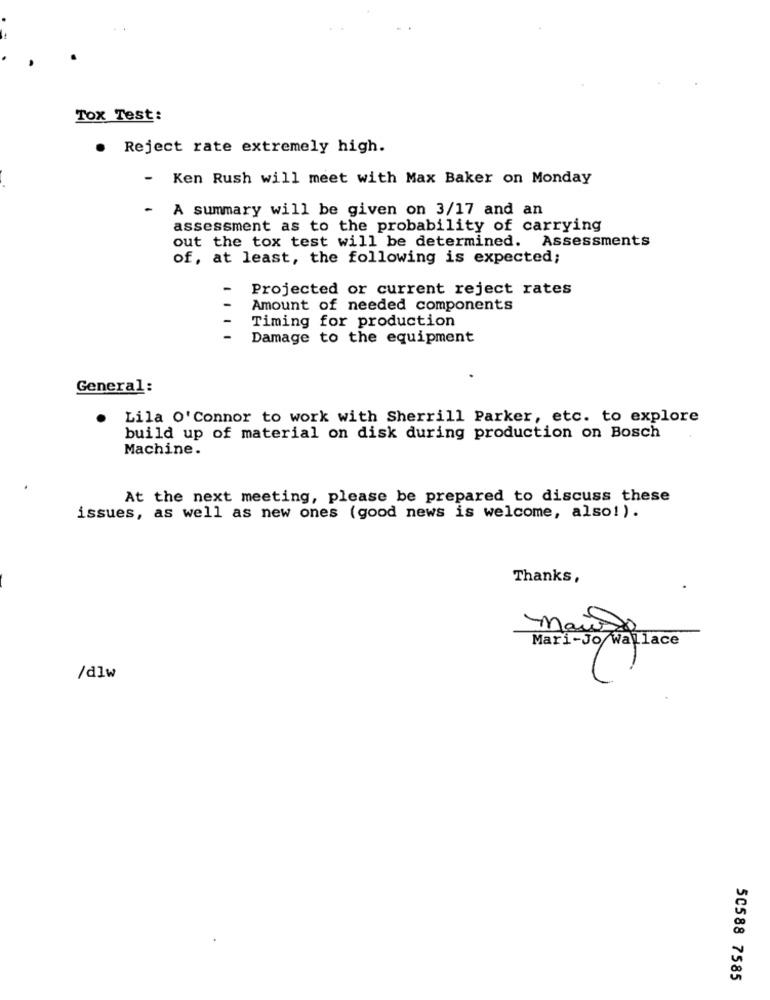
Tox Test:
. Reject rate extremely high.
-
Ken Rush will meet with Max Baker on Monday
-
A summary will be given on 3/17 and an
assessment as to the probability of carrying
out the tox test will be determined. Assessments
of, at least, the following is expected;
Projected or current reject rates
Amount of needed components
Timing for production
Damage to the equipment
General:
Lila O' Connor to work with Sherrill Parker, etc. to explore
build up of material on disk during production on Bosch
Machine.
At the next meeting, please be prepared to discuss these
issues, as well as new ones (good news is welcome, also!).
Thanks,
Mari-Jo Wallace
/dlw
50588 7585